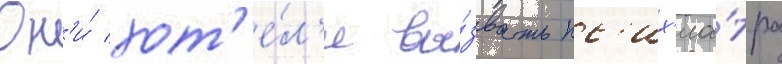
Он'и́ хот'е́л'и вы́звать пс'их'иа́тра